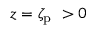
z = \zeta _ { \mathrm { p } } \ > 0